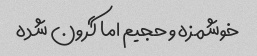
خوشمزه و حجیم اما گرون شده